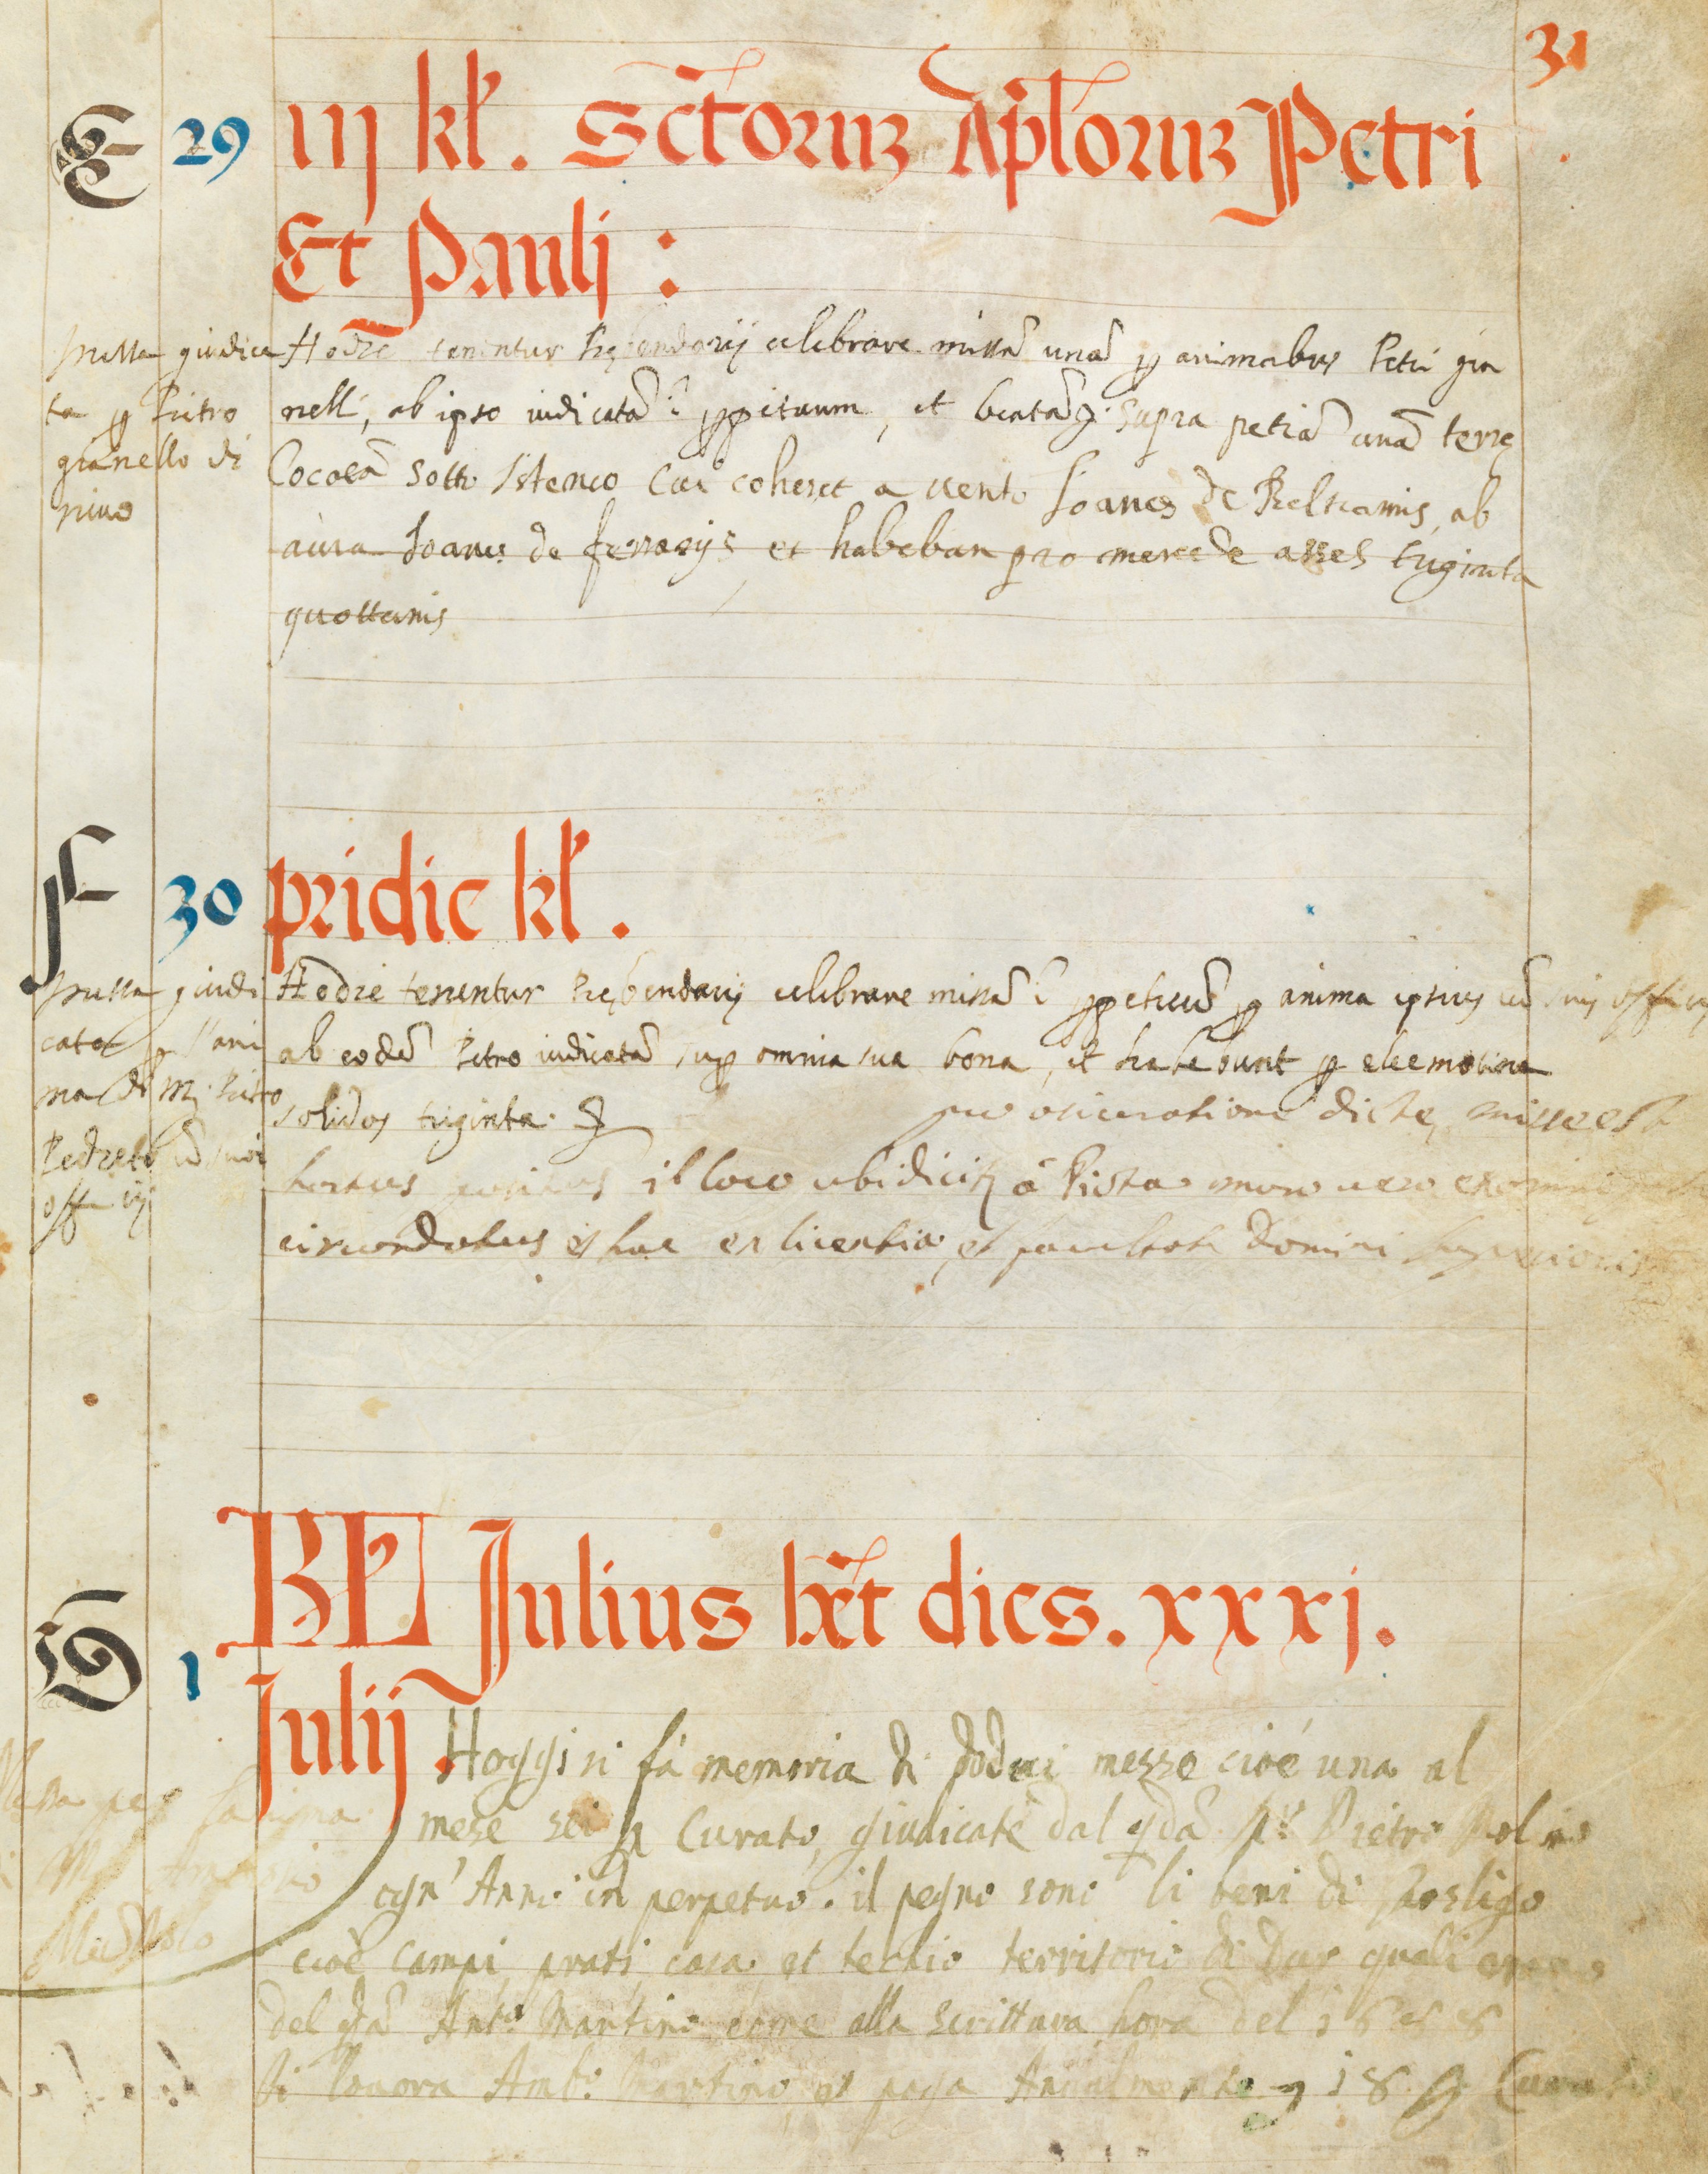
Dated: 1545–1555